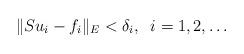
LaTeX: \begin{align*}\|Su_i-f_i\|_E<\delta_i,\;\;i=1,2,\dots\end{align*}